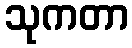
သုကတာ